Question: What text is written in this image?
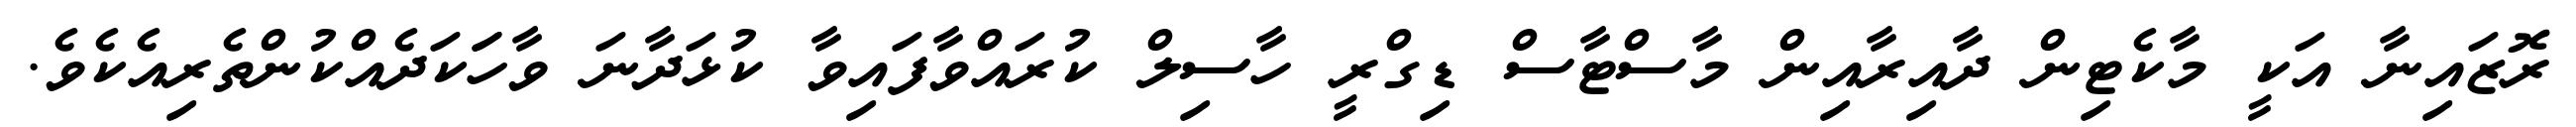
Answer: ރޮޒައިނާ އަކީ މާކެޓިން ދާއިރާއިން މާސްޓާސް ޑިގްރީ ހާސިލް ކުރައްވާފައިވާ ކުޅަދާނަ ވާހަަކަދެއްކުންތެރިއެކެވެ.